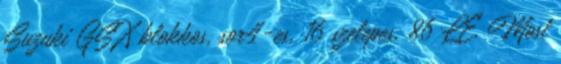
Suzuki GSX blokkos, sor4-es, 16 szelepes, 86 LE. Most